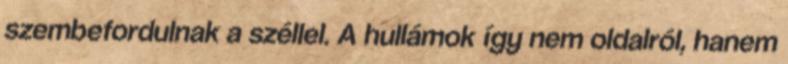
szembefordulnak a széllel. A hullámok így nem oldalról, hanem